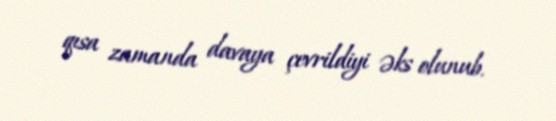
qısa zamanda davaya çevrildiyi əks olunub.